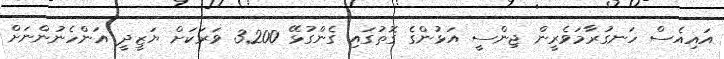
އައިއެސް ހަނގުރާމަވެރީން ޖިންސީ އަޅުންގެ ގޮތުގައި ގެންގުޅޭ 3